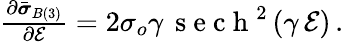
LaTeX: \begin{array}{r}{\frac{\partial\bar{\boldsymbol{\sigma}}_{B(3)}}{\partial\mathcal{E}}=2\sigma_{o}\gamma\, \mathrm{~s~e~c~h~}^{2}\left(\gamma\, \mathcal{E}\right)\, .}\end{array}